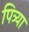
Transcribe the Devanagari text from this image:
पित्र्या